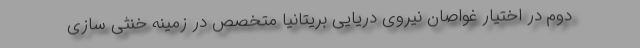
دوم در اختیار غواصان نیروی دریایی بریتانیا متخصص در زمینه خنثی سازی